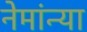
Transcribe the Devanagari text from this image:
नेमांन्या